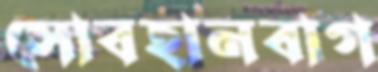
সোবহানবাগ